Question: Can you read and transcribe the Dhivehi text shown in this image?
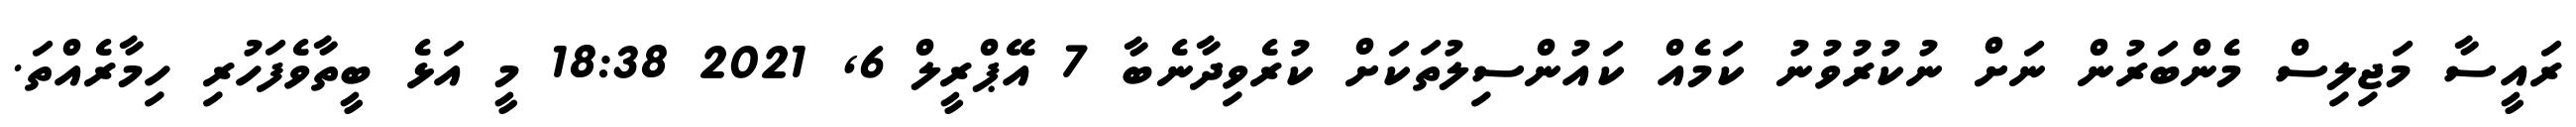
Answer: ރައީސާ މަޖިލިސް މެންބަރުން ނަށް ނުކުރުވުނު ކަމެއް ކައުންސިލުތަކަށް ކުރެވިދާނެބާ 7 އޭޕްރީލް 6, 2021 18:38 މީ އަޅެ ބީތާވެފަހުރި ހިމާރެއްތަ.